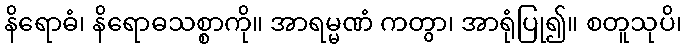
နိရောဓံ၊ နိရောဓသစ္စာကို။ အာရမ္မဏံ ကတွာ၊ အာရုံပြု၍။ စတူသုပိ၊